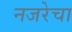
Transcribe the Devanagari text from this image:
नजरेचा